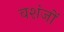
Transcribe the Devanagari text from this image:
वशंजों